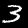
Digit: 3